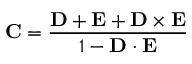
{ \bf C } = { \frac { \bf D + E + D \times E } { 1 - { \bf D \cdot E } } }